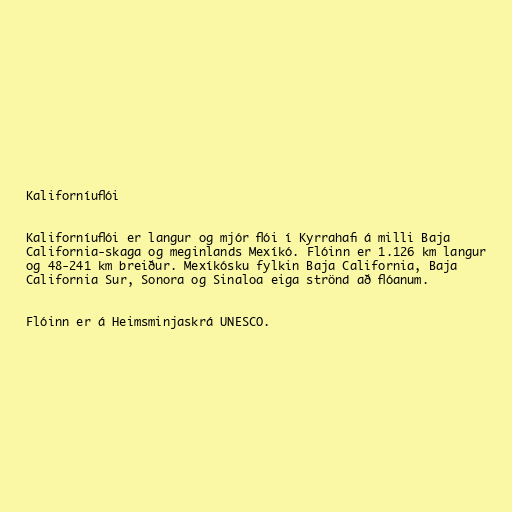
Kaliforníuflói

Kaliforníuflói er langur og mjór flói í Kyrrahafi á milli Baja
California-skaga og meginlands Mexíkó. Flóinn er 1.126 km langur
og 48-241 km breiður. Mexíkósku fylkin Baja California, Baja
California Sur, Sonora og Sinaloa eiga strönd að flóanum.

Flóinn er á Heimsminjaskrá UNESCO.